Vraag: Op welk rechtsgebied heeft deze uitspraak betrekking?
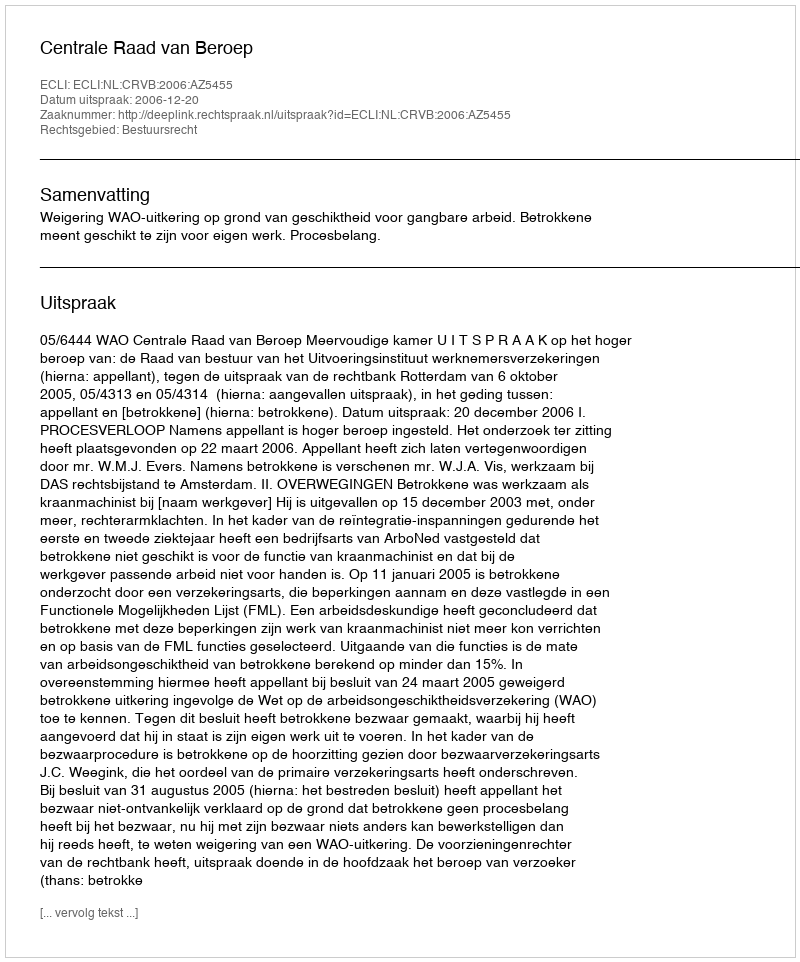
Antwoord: Bestuursrecht